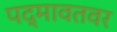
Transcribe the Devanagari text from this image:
पद्मावतवर